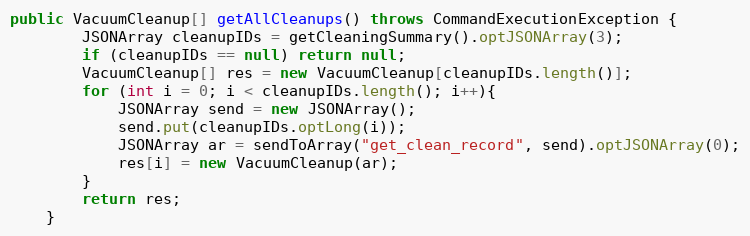
Language: Java
public VacuumCleanup[] getAllCleanups() throws CommandExecutionException {
        JSONArray cleanupIDs = getCleaningSummary().optJSONArray(3);
        if (cleanupIDs == null) return null;
        VacuumCleanup[] res = new VacuumCleanup[cleanupIDs.length()];
        for (int i = 0; i < cleanupIDs.length(); i++){
            JSONArray send = new JSONArray();
            send.put(cleanupIDs.optLong(i));
            JSONArray ar = sendToArray("get_clean_record", send).optJSONArray(0);
            res[i] = new VacuumCleanup(ar);
        }
        return res;
    }